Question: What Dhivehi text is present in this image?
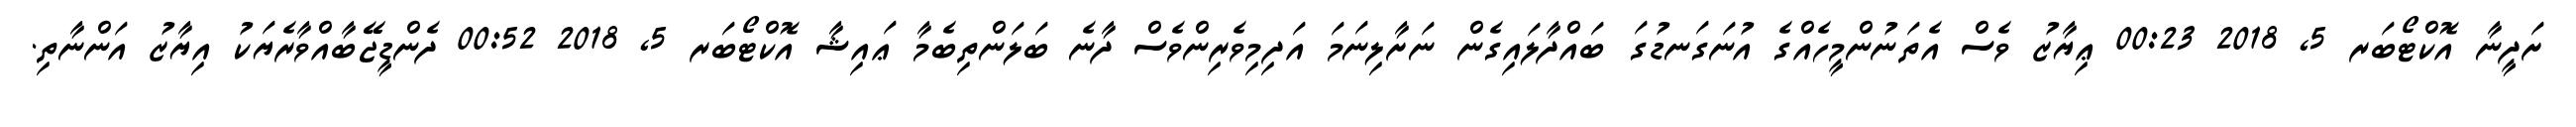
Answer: ށަދީނާ އޮކްޓޯބަރ 5, 2018 00:23 ޢިޔާޒު ވެސް އެތަނުންމީހެއްގެ އުނަގަނޑުގަ ބައްދާލައިގެން ނަށާލިނަމަ އަދިމިވެރިންވެސް ދާނެ ބަލަންތިބެމާ ޢައިޝާ އޮކްޓޯބަރ 5, 2018 00:52 ދެންޑީޖޭބާއްވާރެޔަކު އިޔާޒު އަންނާތި.